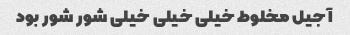
آجیل مخلوط خیلی خیلی خیلی شور شور بود